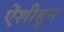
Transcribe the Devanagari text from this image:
ऐंशीहून